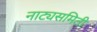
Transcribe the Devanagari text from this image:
नाट्यसमिती